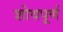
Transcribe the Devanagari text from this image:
शोथपूर्ण